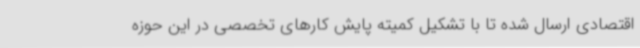
اقتصادی ارسال شده تا با تشکیل کمیته پایش کارهای تخصصی در این حوزه